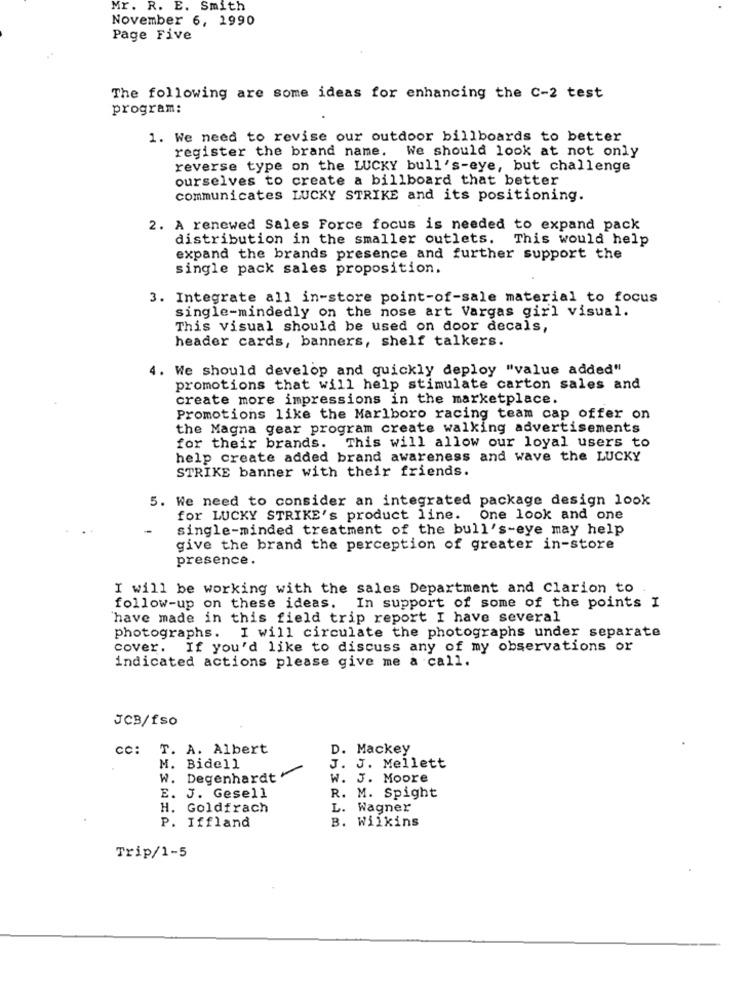
Mr. R. E. Smith
November 6, 1990
Page Five
The following are some ideas for enhancing the C-2 test
program:
1. We need to revise our outdoor billboards to better
register the brand name. We should look at not only
reverse type on the LUCKY bull's-eye, but challenge
ourselves to create a billboard that better
communicates LUCKY STRIKE and its positioning.
2. A renewed Sales Force focus is needed to expand pack
distribution in the smaller outlets. This would help
expand the brands presence and further support the
single pack sales proposition.
3. Integrate all in-store point-of-sale material to focus
single-mindedly on the nose art Vargas girl visual.
This visual should be used on door decals,
header cards, banners, shelf talkers.
4. We should develop and quickly deploy "value added"
promotions that will help stimulate carton sales and
create more impressions in the marketplace.
Promotions like the Marlboro racing team cap offer on
the Magna gear program create walking advertisements
for their brands. This will allow our loyal users to
help create added brand awareness and wave the LUCKY
STRIKE banner with their friends.
5. We need to consider an integrated package design look
for LUCKY STRIKE's product line. One look and one
single-minded treatment of the bull's-eye may help
give the brand the perception of greater in-store
presence.
I will be working with the sales Department and Clarion to
follow-up on these ideas. In support of some of the points I
'have made in this field trip report I have several
photographs.
I will circulate the photographs under separate
cover. If you'd like to discuss any of my observations or
indicated actions please give me a call.
JCB/fso
cc: T. A. Albert
D. Mackey
J. J. Mellett
M. Bidell
W. Degenhardt
W. J. Moore
E. J. Gesell
R. M. Spight
H. Goldfrach
L. Wagner
P. Iffland
B. Wilkins
Trip/1-5